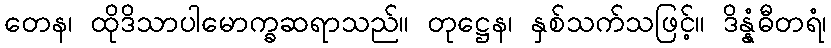
တေန၊ ထိုဒိသာပါမောက္ခဆရာသည်။ တုဋ္ဌေန၊ နှစ်သက်သဖြင့်။ ဒိန္နံဓီတရံ၊